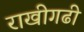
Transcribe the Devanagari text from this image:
राखीगढी़